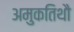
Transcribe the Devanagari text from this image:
अमुकतिथौ